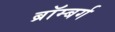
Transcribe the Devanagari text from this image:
ब्रॉम्बर्ग